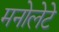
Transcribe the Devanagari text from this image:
मनोलेटे